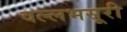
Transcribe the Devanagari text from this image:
वल्लभसूरी